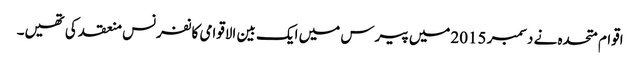
اقوام متحدہ نے دسمبر 2015میں پیرس میں ایک بین الاقوامی کانفرنس منعقد کی تھیں۔